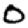
Digit: 0